Leaving Certificate Examination (including Day School Certificate (Higher) General paper), 1938
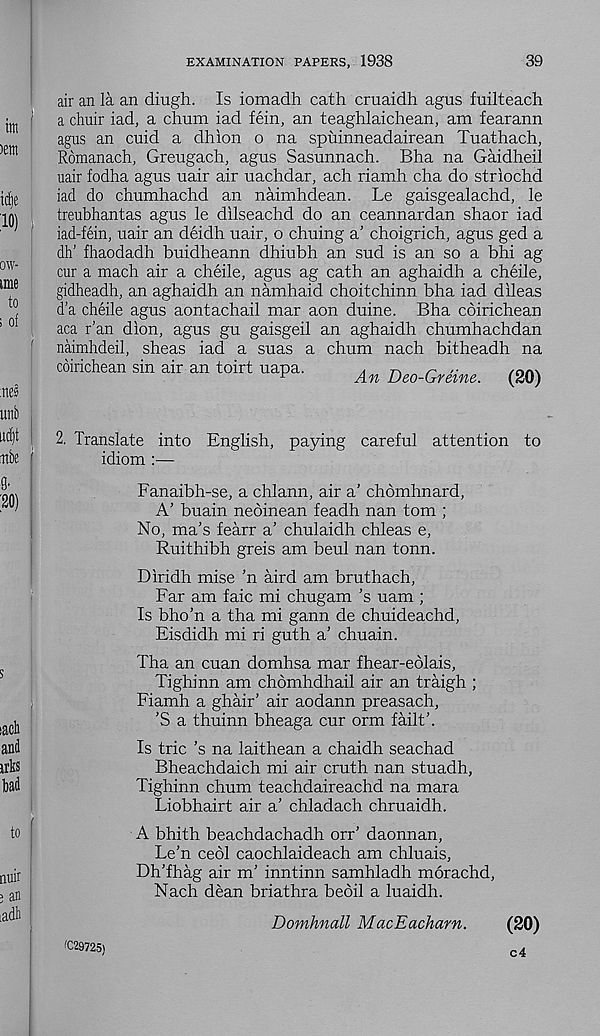
EXAMINATION PAPERS, 1938
39
air an la an diugh. Is iomadh cath cruaidh agus fuilteach
a chuir iad, a chum iad fein, an teaghlaichean, am fearann
agus an cuid a dhion o na spuinneadairean Tuathach,
Romanach, Greugach, agus Sasunnach. Bha na Gaidheil
uair fodha agus uair air uachdar, ach riamh cha do striochd
iad do chumhachd an naimhdean. Le gaisgealachd, le
treubhantas agus le dilseachd do an ceannardan shaor iad
iad-fein, uair an deidh uair, o chuing a’ choigrich, agus ged a
dh’ fhaodadh buidheann dhiubh an sud is an so a bhi ag
cur a mach air a cheile, agus ag cath an aghaidh a cheile,
gidheadh, an aghaidh an namhaid choitchinn bha iad dileas
d’a cheile agus aontachail mar aon duine. Bha coirichean
aca ran dion, agus gu gaisgeil an aghaidh chumhachdan
naimhdeil, sheas iad a suas a chum nach bitheadh na
coirichean sin air an toirt uapa.
A
n
^
^
An Deo-Greme.
(20)
2. Translate into English, paying careful attention to
idiom :—
Fanaibh-se, a chlann, air a’ chomhnard,
A’ buain neoinean feadh nan tom ;
No, mats fearr a’ chulaidh chleas e,
Ruithibh greis am beul nan tonn.
Diridh mise ’n aird am bruthach,
Far am faic mi chugam’s uam ;
Is bho’n a tha mi gann de chuideachd,
Eisdidh mi ri guth a’ chuain.
Tha an cuan domhsa mar fhear-eblais,
Tighinn am chdmhdhail air an traigh ;
Fiamh a ghair’ air aodann preasach,
'S a thuinn bheaga cur orm failt'.
Is trie’s na laithean a chaidh seachad
Bheachdaich mi air cruth nan stuadh,
Tighinn chum teachdaireachd na mara
Liobhairt air a chladach chruaidh.
A bhith beachdachadh orr’ daonnan,
Le’n cedi caochlaideach am chluais,
Dh’fhag air m’ inntinn samhladh morachd,
Nach dean briathra beoil a luaidh.
Domhnall MacEacharn.
(20)
'C29725)
c4